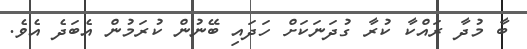
ބާ މުދާ ރައްކާ ކުރާ ގުދަނަކަށް ހަދައި ބޭނުން ކުރަމުން އެބަދެ އެވެ.